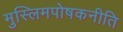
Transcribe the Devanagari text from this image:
मुस्लिमपोषकनीति